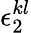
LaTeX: \epsilon_{2}^{kl}